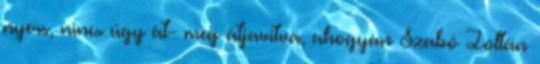
nyers, nincs úgy át- meg átjavítva, ahogyan Szabó Zoltán